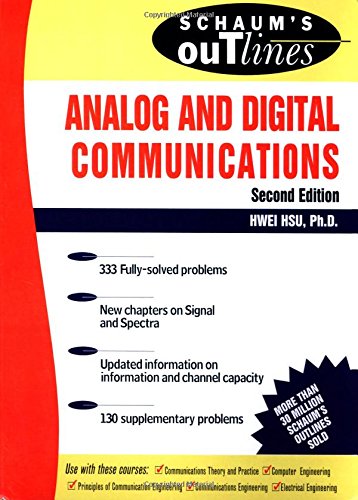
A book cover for Analog and Digital Communications (Schaum's Outlines); Hwei P. Hsu; Reference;